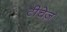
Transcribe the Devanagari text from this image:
टीचेज़